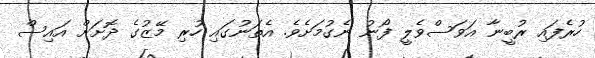
ހުރެފައި ރުބީނާ އަވަސްވެލީ ފޯނު ނެގުމަށެވެ. އެތަނުގައި ހުރި މޭޒުގެ ދޮށަށް އައިސް